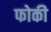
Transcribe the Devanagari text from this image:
फोकी